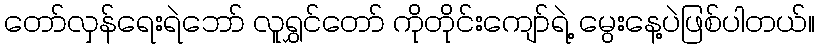
တော်လှန်ရေးရဲဘော် လူရွှင်တော် ကိုတိုင်းကျော်ရဲ့ မွေးနေ့ပဲဖြစ်ပါတယ်။